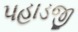
પહાડજી